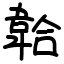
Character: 韐